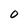
Character: O